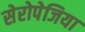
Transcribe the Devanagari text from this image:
सेरोपेजिया